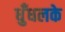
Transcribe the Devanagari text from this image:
धुँधलके